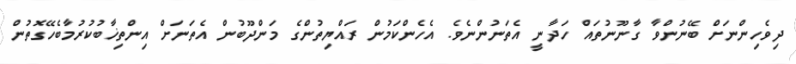
ދިވެހިންނަށް ބޭނުންވާ ގާނޫނުތައް ހަދާނީ އެތަނުންނެވެ. އެހެންކަމުން ރައްޔިތުންގެ މަންދޫބުން އެތަނަށް އިންތިޚާބުކުރުމާބެހޭގޮތުން